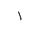
Letter: _alif